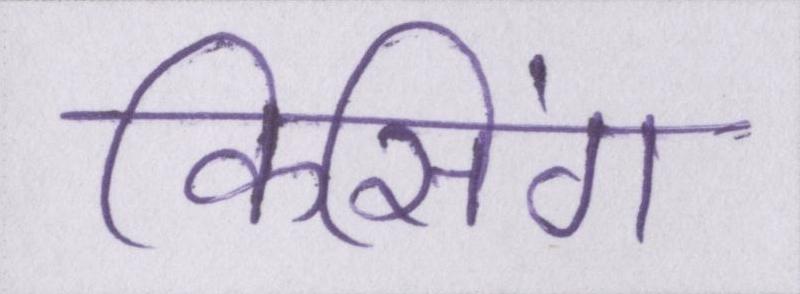
किसिंग